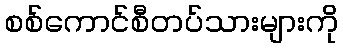
စစ်ကောင်စီတပ်သားများကို